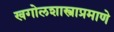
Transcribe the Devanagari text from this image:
खगोलशास्त्राप्रमाणे